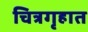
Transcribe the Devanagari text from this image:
चित्रगृहात